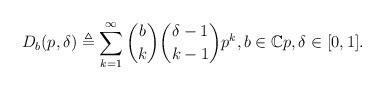
LaTeX: \begin{align*} D_b(p,\delta)\triangleq \sum_{k=1}^\infty \binom bk\binom{\delta-1}{k-1} p^k ,b\in\mathbb{C} p,\delta\in [0,1]. \end{align*}